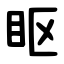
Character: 眍